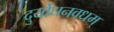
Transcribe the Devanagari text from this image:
दुर्योधनवधम्